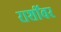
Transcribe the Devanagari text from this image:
राशींवर